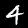
Label: 4